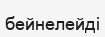
бейнелейді